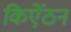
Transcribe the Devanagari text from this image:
किऐंठन